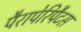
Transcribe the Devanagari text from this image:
पैरापेरिपैटस